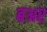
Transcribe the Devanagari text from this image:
बअर